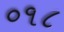
૦૧૮